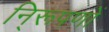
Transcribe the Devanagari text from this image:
नि्रूपणों